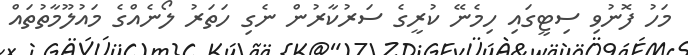
މަހު ފޮނުވި ސިޓީގައި ހިމެނޭ ކުރީގެ ސަރުކާރުން ނެގި ހަތަރު ލޯނެއްގެ މައުލޫމާތުތައް